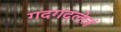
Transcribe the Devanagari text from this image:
गदगदलेलं